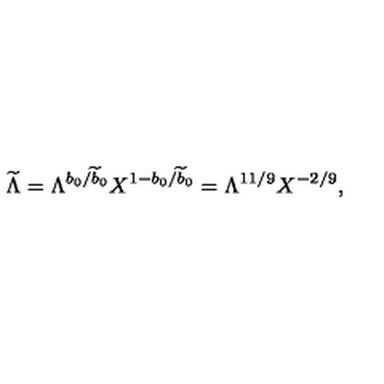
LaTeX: { \widetilde \Lambda } = \Lambda ^ { b _ { 0 } / { \widetilde b } _ { 0 } } X ^ { 1 - b _ { 0 } / { \widetilde b } _ { 0 } } = \Lambda ^ { 1 1 / 9 } X ^ { - 2 / 9 } ,